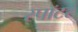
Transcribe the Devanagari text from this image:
स्पॉटर